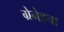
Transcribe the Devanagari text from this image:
ग्रेनेडचा